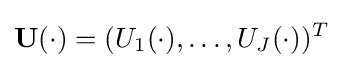
\mathbf {U} (\cdot )=(U_{1}(\cdot ),\ldots ,U_{J}(\cdot ))^{T}